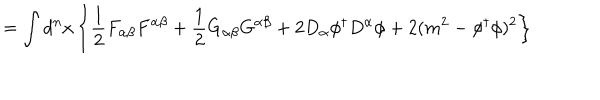
= \int d ^ { n } x \left\{ \frac { 1 } { 2 } F _ { \alpha \beta } F ^ { \alpha \beta } + \frac { 1 } { 2 } G _ { \alpha \beta } G ^ { \alpha \beta } + 2 D _ { \alpha } \phi ^ { \dagger } D ^ { \alpha } \phi + 2 ( m ^ { 2 } - \phi ^ { \dagger } \phi ) ^ { 2 } \right\}